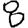
Digit: 8